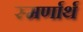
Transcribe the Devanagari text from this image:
स्मर्णार्थ